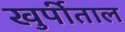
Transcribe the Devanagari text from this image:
खुर्पीताल